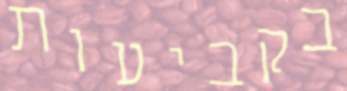
בקביעות